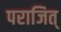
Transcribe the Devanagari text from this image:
पराजित्